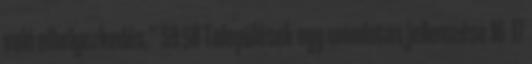
való elhelyezkedés.” 59 58 Települések egy mondatos jellemzése 16 17